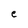
Character: e